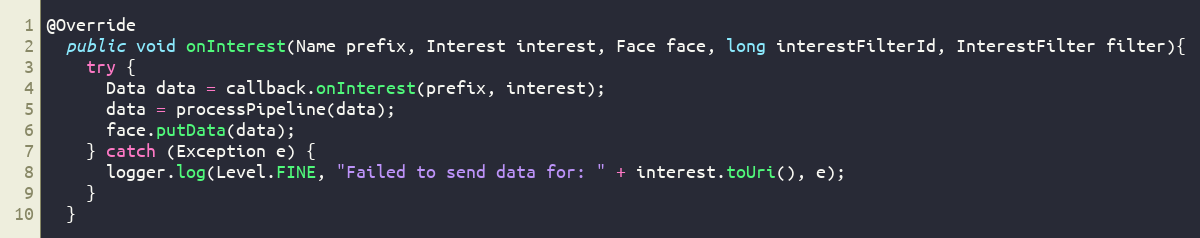
Language: Java
@Override
  public void onInterest(Name prefix, Interest interest, Face face, long interestFilterId, InterestFilter filter){
    try {
      Data data = callback.onInterest(prefix, interest);
      data = processPipeline(data);
      face.putData(data);
    } catch (Exception e) {
      logger.log(Level.FINE, "Failed to send data for: " + interest.toUri(), e);
    }
  }